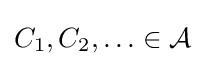
C_{1},C_{2},\ldots \in {\mathcal {A}}